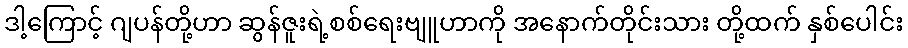
ဒါ့ကြောင့် ဂျပန်တို့ဟာ ဆွန်ဇူးရဲ့စစ်ရေးဗျူဟာကို အနောက်တိုင်းသား တို့ထက် နှစ်ပေါင်း